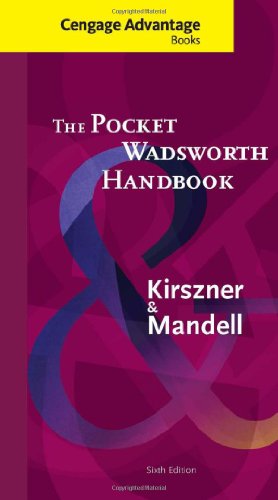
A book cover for Cengage Advantage Books: The Pocket Wadsworth Handbook; Laurie G. Kirszner; Reference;